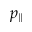
p _ { \| }